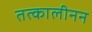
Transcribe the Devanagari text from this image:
तत्कालीनन